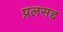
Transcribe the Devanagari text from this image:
प्रलसद्द